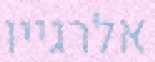
אלרגייו